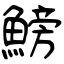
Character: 鰟